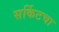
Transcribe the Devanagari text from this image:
सर्किटचा